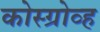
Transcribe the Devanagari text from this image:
कोस्ग्रोव्ह